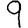
Digit: 9